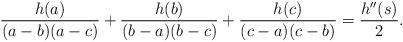
LaTeX: \begin{align*}{h(a)\over(a-b)(a-c)}+{h(b)\over(b-a)(b-c)}+{h(c)\over(c-a)(c-b)}={h''(s)\over 2}.\end{align*}